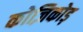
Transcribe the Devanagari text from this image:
कोज़िकोड़